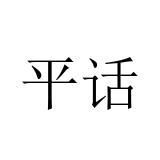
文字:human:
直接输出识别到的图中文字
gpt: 平话